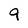
Character: 9